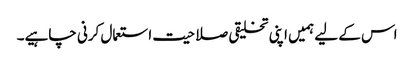
اس کے لیے ہمیں اپنی تخلیقی صلاحیت استعمال کرنی چاہیے۔